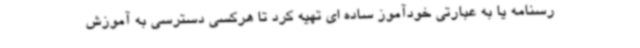
رسنامه یا به عبارتی خودآموز ساده ای تهیه کرد تا هرکسی دسترسی به آموزش